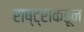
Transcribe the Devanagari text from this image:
राष्ट्राकडून